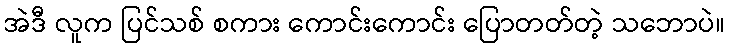
အဲဒီ လူက ပြင်သစ် စကား ကောင်းကောင်း ပြောတတ်တဲ့ သဘောပဲ။